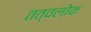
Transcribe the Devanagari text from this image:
तत्वलोक